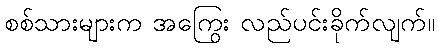
စစ်သားများက အကြွေး လည်ပင်းခိုက်လျက်။